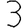
Digit: 3